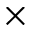
\times